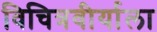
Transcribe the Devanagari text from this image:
विचित्रवीर्याला